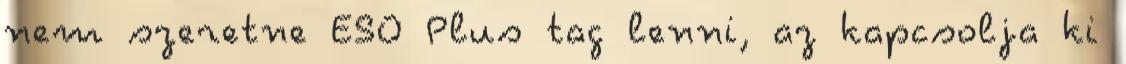
nem szeretne ESO Plus tag lenni, az kapcsolja ki